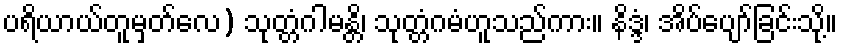
ပရိယာယ်တူမှတ်လေ) သုတ္တံဂါမန္တိ၊ သုတ္တံဂမံဟူသည်ကား။ နိဒ္ဒံ၊ အိပ်ပျော်ခြင်းသို့။